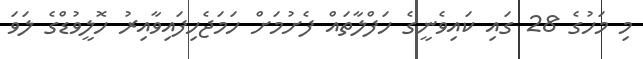
މި މަހުގެ 28 ގައި ކައިވެނީގެ ހަފްލާތައް ފެށުމަށް ހަމަޖެހިފައިވާއިރު ހޮލީވުޑްގެ ލަވަ